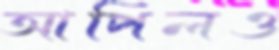
আপিলও